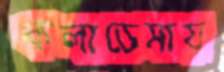
কলাডেমায়